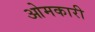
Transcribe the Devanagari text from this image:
ओमकारी